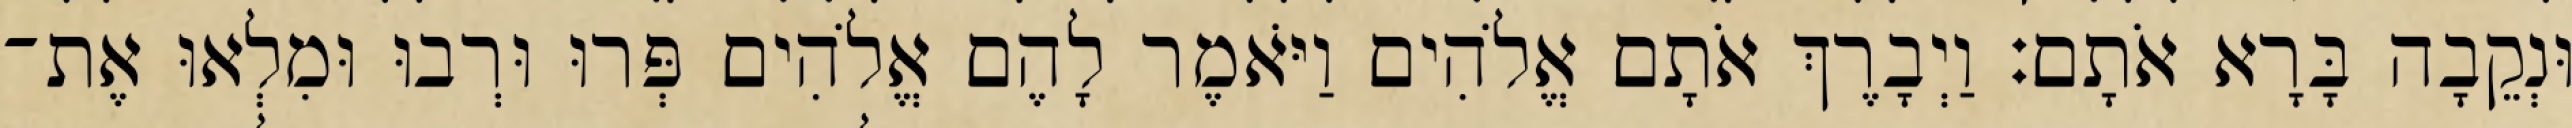
וּנְקֵבָה בָּרָא אֹתָם׃ וַיְבָרֶךְ אֹתָם אֱלֹהִים וַיֹּאמֶר לָהֶם אֱלֹהִים פְּרוּ וּרְבוּ וּמִלְאוּ אֶת־